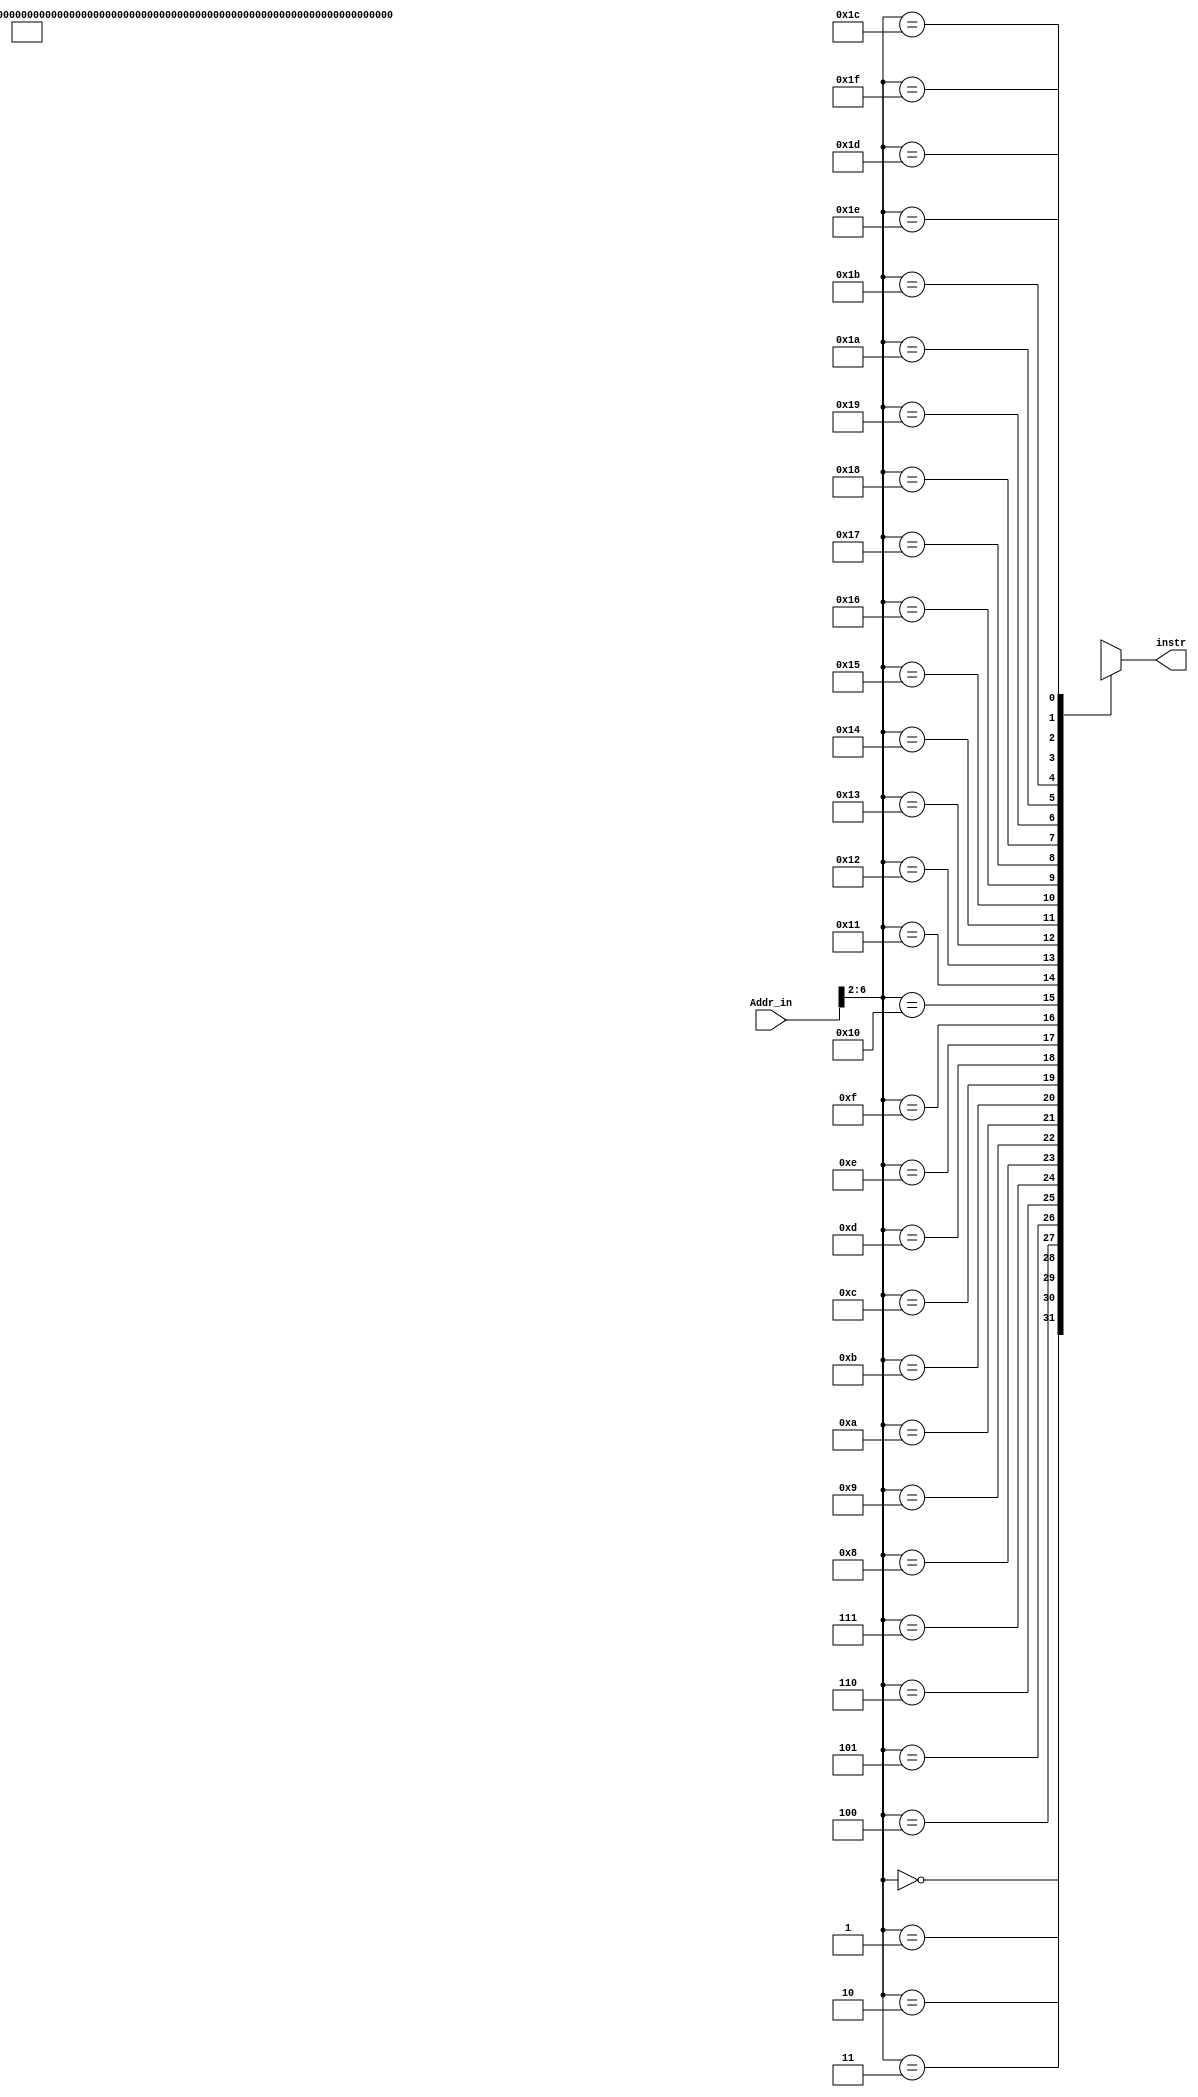
module IM(input [31:0] Addr_in,
          output reg [31:0] instr);
    
    reg [31:0]Instr[31:0];
    
    initial begin
            Instr[0] = {6'd41,5'd0,5'd16,16'd666};
            Instr[1] = {6'd41,5'd0,5'd17,16'd777};
            Instr[2] = {6'd41,5'd16,5'd16,16'd111};
            Instr[3] = {6'd42,5'd17,5'd17,16'd111};
            Instr[4] = {6'd54,5'd18,5'd17,5'd8,5'd0,6'd22};
            Instr[5] = {6'd54,5'd0,5'd8,5'd8,5'd31,6'd25};
            Instr[6] = {6'd41,5'd0,5'd9,16'd1};

            Instr[7] = {6'd31,5'd8,5'd9,16'd2};
            Instr[8] = {6'd41,5'd0,5'd18,16'd555};
            Instr[9] = {6'd31,5'd0,5'd0,16'd1};

            Instr[10] = {6'd41,5'd0,5'd18,16'd888};

            Instr[11] = {6'd41,5'd0,5'd8,16'd0};
            Instr[12] = {6'd39,5'd8,5'd16,16'd0};
            Instr[13] = {6'd39,5'd8,5'd17,16'd4};
            Instr[14] = {6'd39,5'd8,5'd18,16'd8};

            instr = Instr[0];
    end

    always@(Addr_in)begin
        instr <= Instr[Addr_in>>2];
    end

endmodule

/*
addi s0 zero 666 
// num1 = 666

addi s1 zero 777 
// num2 = 777

addi s0 s0 111
// num1 = num1 + 111

subi s1 s1 111
// num2 = num2 - 111

sub t0 s2 s1 
// t0 = s2 - s1

srl t0 t0 31
// t0 = t0 >> 31

addi t1 zero 1
// t1 = 1

beq t0 t1 1
// if (t0 == t1 == 1) , jump

addi s2 zero 555
// s2 = 555 (no jump)

addi s2 zero 888
// s2 = 888 (jump)



addi t0 zero 0
sw s0 0 t0
sw s1 4 t0
sw s2 8 t0
*/